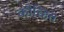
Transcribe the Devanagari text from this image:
कौच्हित